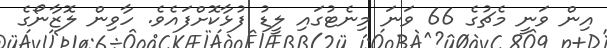
އިން ވަނީ މެޗުގެ 66 ވަނަ މިނެޓުގައި ލީޑު ފުޅާކޮށްފައެވެ. ހާވިން ލޮޒާނޯގެ